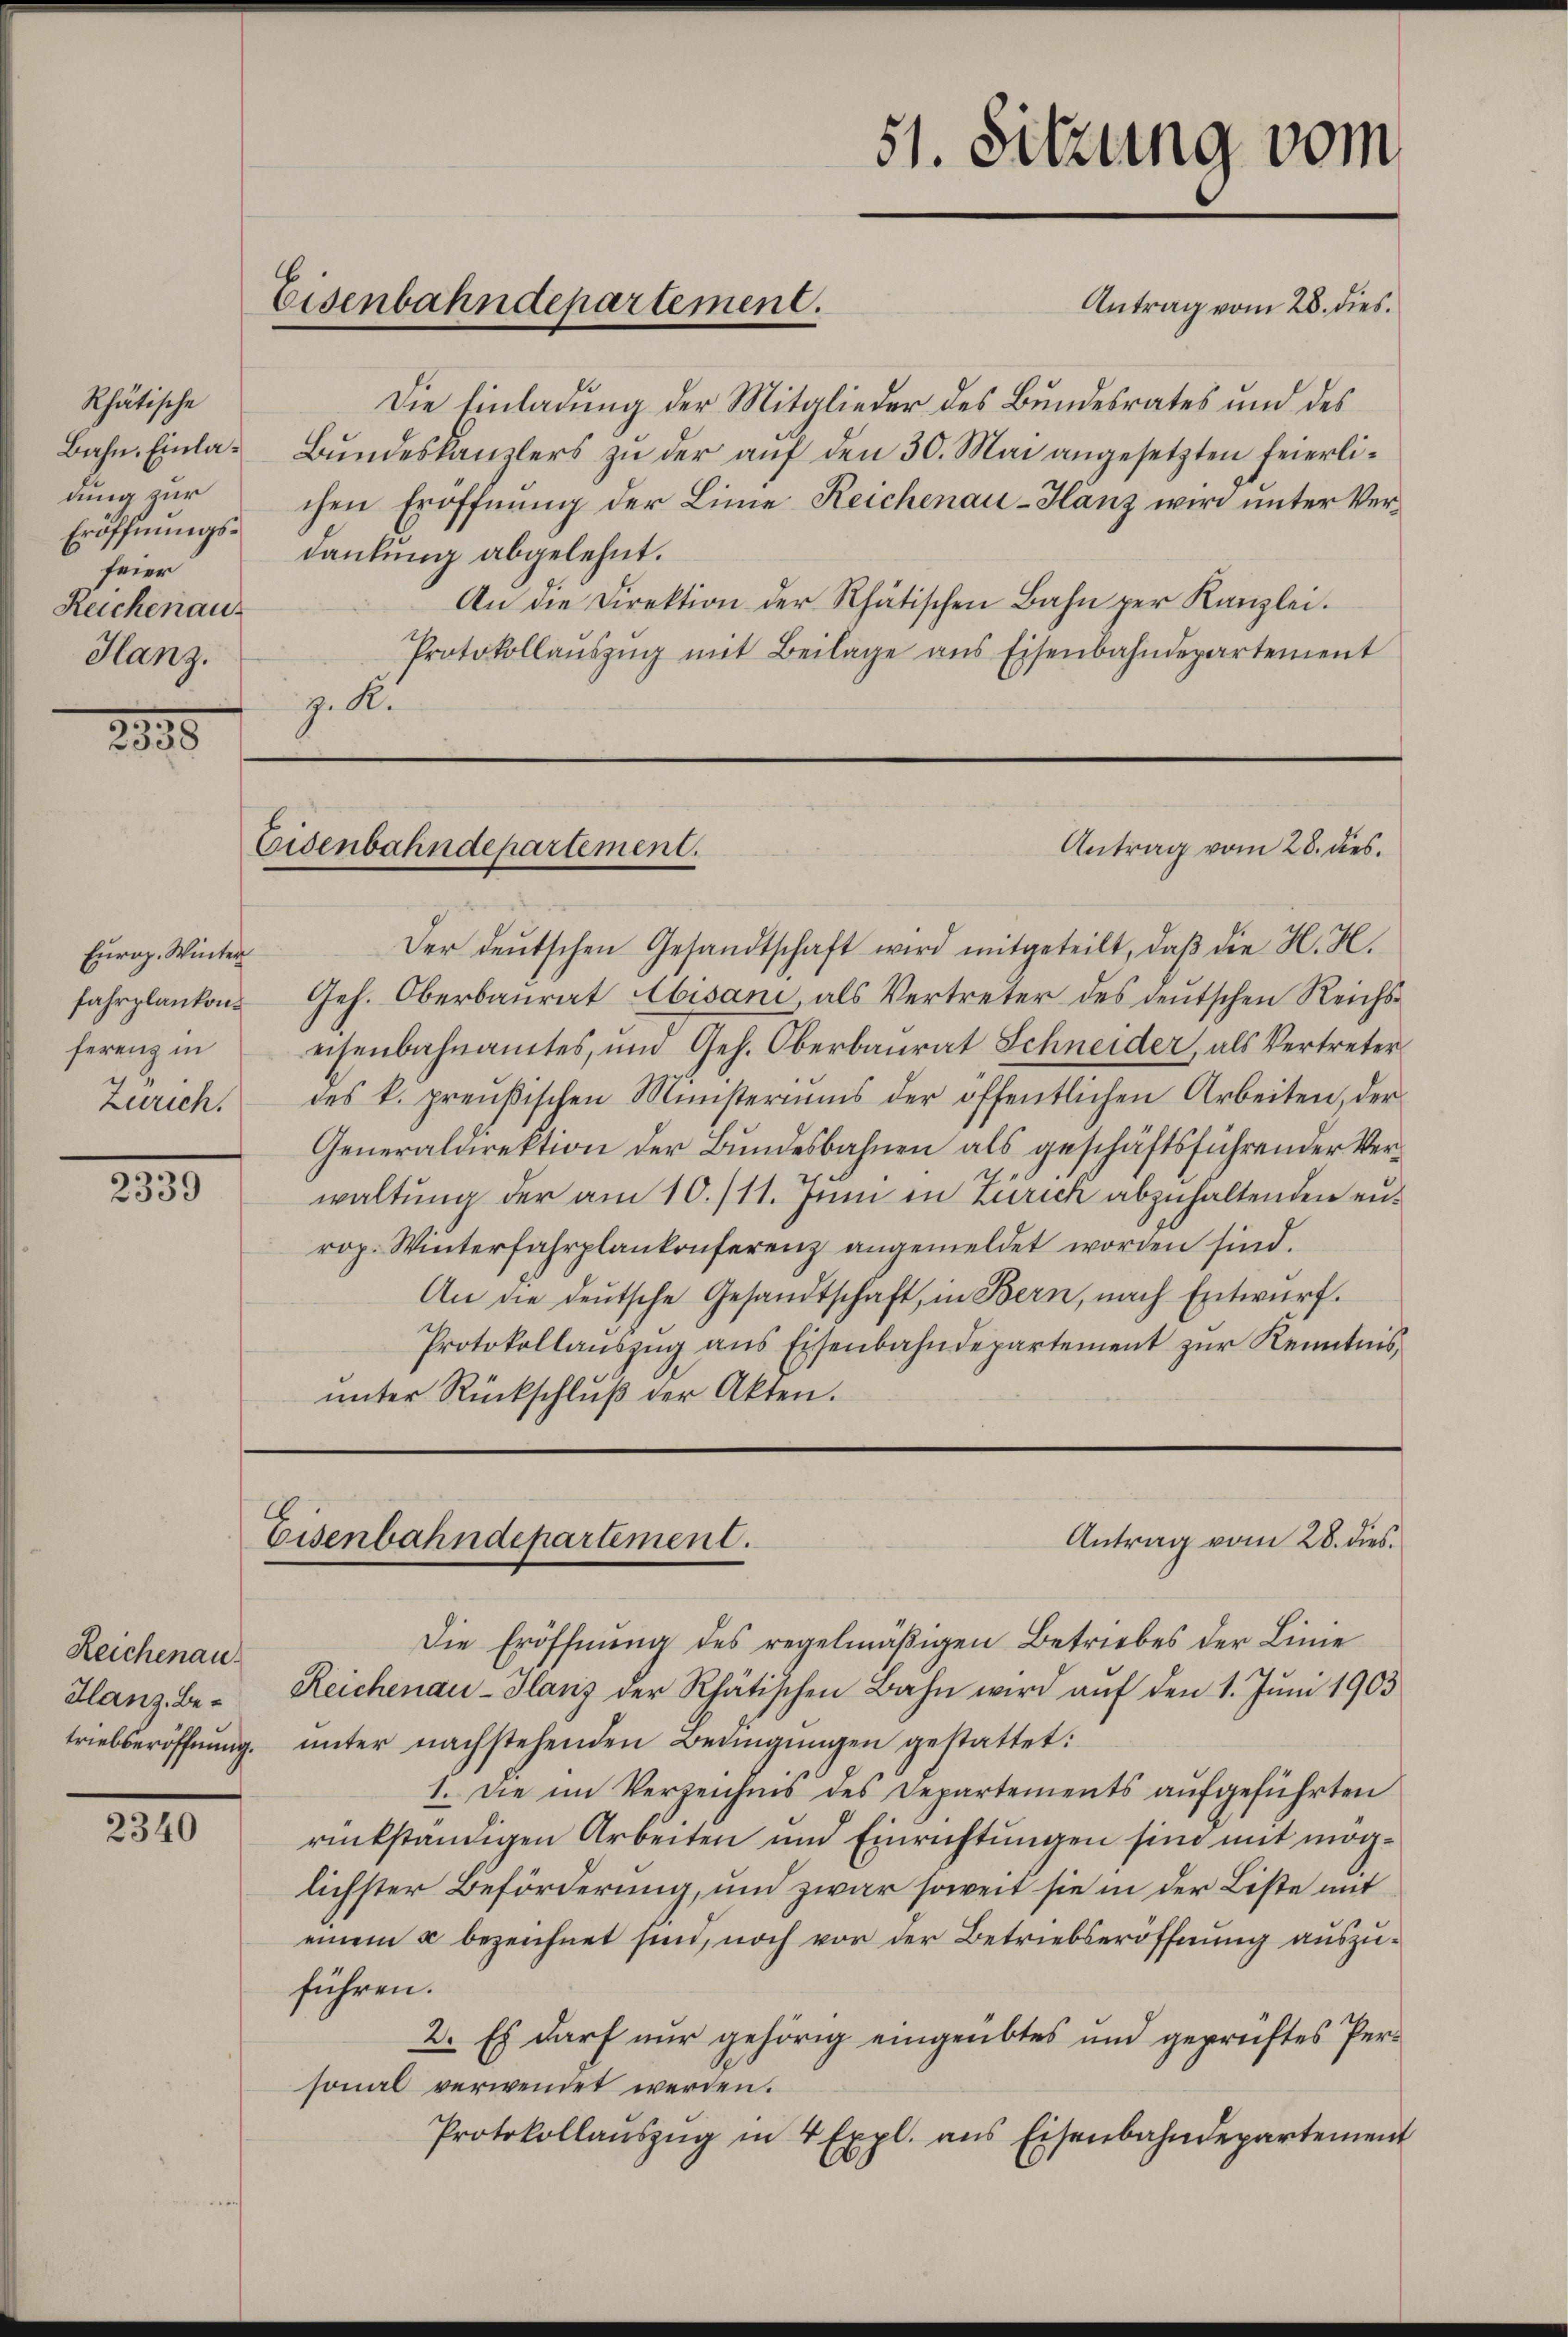
Schultische
Bahn. Einladung zur
Eröffnungsfeier
Reichenau
Hanz.

1
2338

Europ. Winter
ferenz in
Zürich.

2339

Reichenau
dlanz, Betriebseröffnung.

2340

Eisenbahndepartement.

Eisenbahndepartement.

Eisenbahndepartement.

51. Sitzung vom

Antrag vom 28. dies
Die Einladung der Mitglieder des Bundesrates und des
Bundeskanzlers zu der auf den 30. Mai angesetzten feierlichen Eröffnung der Linie Reichenau-Hänz wird unter Verdankung abgelehnt.
An die Direktion der Rhätischen Bahn per Kanzlei.
Protokollaŭszŭg mit Beilage ans Eisenbahndepartement
z. R.

Antrag vom 28. dies

Antrag vom 28. dies

Der deŭtschen Gesandtschaft wird mitgeteilt, daβ die H. H.
fahrplanken Ges. Oberbaurat bisani, als Vertreter des deutschen Reichseisenbahnamtes, und Geh. Oberbaŭrat Schneider, als Vertreter
des k. preußischen Ministeriums der öffentlichen Arbeiten, der
Generaldirektion der Bundesbahnen als geschäftsführender Verwaltung der am 10./11. Juni in Zürich abzuhaltenden enrop. Winterfahrplankonferenz angemeldet worden sind.
An die deŭtsche Gesandtschaft, in Bern, nach Entwurf.
Protokollaŭszŭg ans Eisenbahndepartement zŭr Kenntnis
unter Rückschluß der Akten.

Die Eröffnung des regelmäßigen Betriebes der Linie
Reichenau-Glanz der Rhätischen Bahn wird auf den 1. Juni 1903
unter nachstehenden Bedingungen gestattet:
1. Die im Verzeichnis des Departements aufgeführten
rückständigen Arbeiten und Einrichtungen sind mit möglichster Beförderung, und zwar soweit sie in der Liste mit
einem u bezeichnet sind, noch vor der Betriebseröffnung auszuführen.
2. Es darf nur gehörig eingeübtes und geprüftes Personal verwendet werden.
Protokollaŭszŭg in 4 Expl. aus Eisenbahndepartement